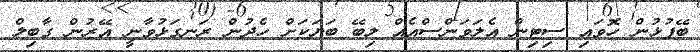
ބޭފުޅުން ހޮވައި ސިޓިން އެލަވަންސްއެއް ލިބޭ ބަޔަކަށް ހެދުން ރަނގަޅުވާނީ އޭރުން ގާބިލް